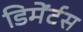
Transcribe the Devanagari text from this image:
डिमेंर्टस